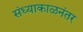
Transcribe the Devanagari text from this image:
संध्याकाळनंतर